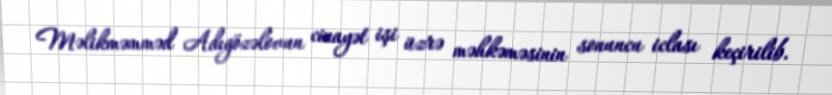
Məlikməmməd Adıgözəlovun cinayət işi üzrə məhkəməsinin sonuncu iclası keçirilib.